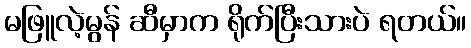
မဖြူလဲ့မွန် ဆီမှာက ရိုက်ပြီးသားပဲ ရတယ်။